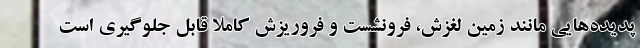
پدیده‌هایی مانند زمین لغزش، فرونشست و فروریزش کاملا قابل جلوگیری است